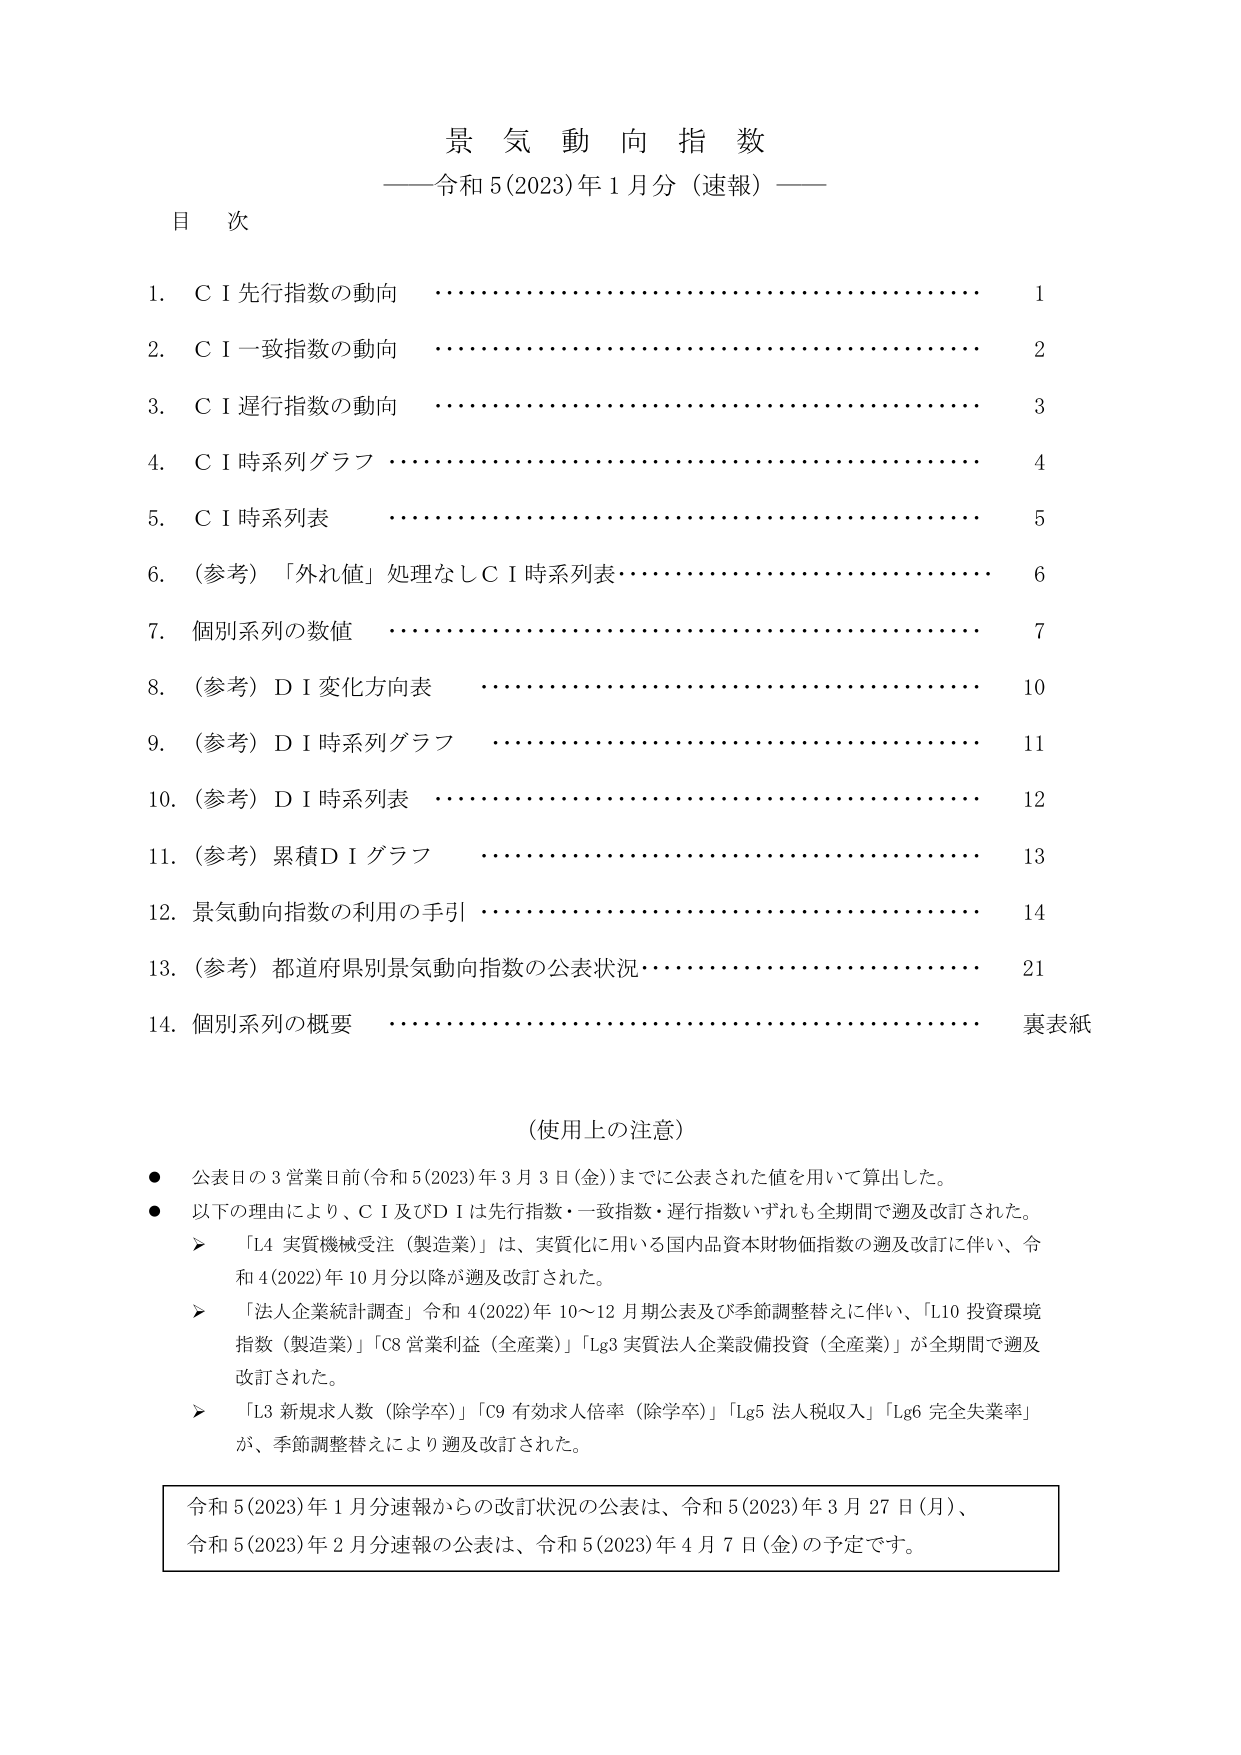
景気動向指数
——令和5(2023)年1月分（速報）——

目次

1. C I 先行指数の動向  1
2. C I 一致指数の動向  2
3. C I 遅行指数の動向  3
4. C I 時系列グラフ  4
5. C I 時系列表  5
6. （参考）「外れ値」処理なしC I 時系列表  6
7. 個別系列の数値  7
8. （参考）D I 変化方向表  10
9. （参考）D I 時系列グラフ  11
10. （参考）D I 時系列表  12
11. （参考）累積D I グラフ  13
12. 景気動向指数の利用の手引  14
13. （参考）都道府県別景気動向指数の公表状況  21
14. 個別系列の概要  裏表紙

（使用上の注意）
● 公表日の3営業日前（令和5(2023)年3月3日（金））までに公表された値を用いて算出した。
● 以下の理由により、C I 及びD I は先行指数・一致指数・遅行指数いずれも全期間で遡及改訂された。
　➤ 「L4 実質機械受注（製造業）」は、実質化に用いる国内品資本財物価指数の遡及改訂に伴い、令和4(2022)年10月分以降が遡及改訂された。
　➤ 「法人企業統計調査」令和4(2022)年10～12月期公表及び季節調整替えに伴い、「L10 投資環境指数（製造業）」「C8 営業利益（全産業）」「Lg3 実質法人企業設備投資（全産業）」が全期間で遡及改訂された。
　➤ 「L3 新規求人数（除学卒）」「C9 有効求人倍率（除学卒）」「Lg5 法人税収入」「Lg6 完全失業率」が、季節調整替えにより遡及改訂された。

令和5(2023)年1月分速報からの改訂状況の公表は、令和5(2023)年3月27日（月）、
令和5(2023)年2月分速報の公表は、令和5(2023)年4月7日（金）の予定です。